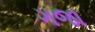
ગજા